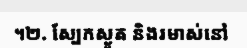
។២. ស្បែកស្ងួត និងរមាស់នៅ